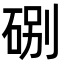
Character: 𥒻